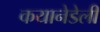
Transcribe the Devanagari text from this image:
कयानेडेली